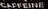
CAFFEINE